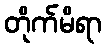
တိုက်မိရာ